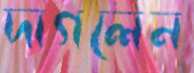
দাগলেন